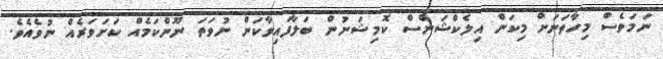
ނަމަވެސް މިހާތަނަށް މިކަން އިލެކްޝަންސް ކޮމިޝަނުން ބަލާފައިވާކަން ނުވަތަ ނޫންކަމެއް ކަށަވަރެއް ނުވެއެވެ.